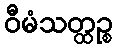
ဝီမံသတ္ထဉ္စ